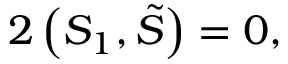
2 \left( S _ { 1 } , \tilde { S } \right) = 0 ,